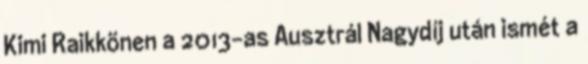
Kimi Raikkönen a 2013-as Ausztrál Nagydíj után ismét a